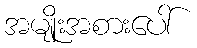
အမျိုးအစားပေါ်